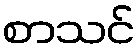
စာသင်